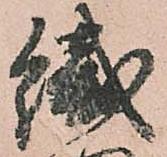
織